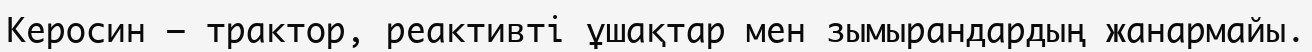
Керосин – трактор, реактивті ұшақтар мен зымырандардың жанармайы.